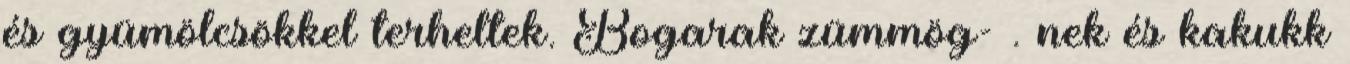
és gyümölcsökkel terheltek. Bogarak zümmög- . nek és kakukk